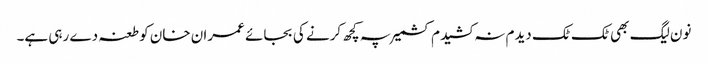
نون لیگ بھی ٹک ٹک دیدم نہ کشیدم کشمیر پہ کچھ کرنے کی بجائے عمران خان کو طعنہ دے رہی ہے۔